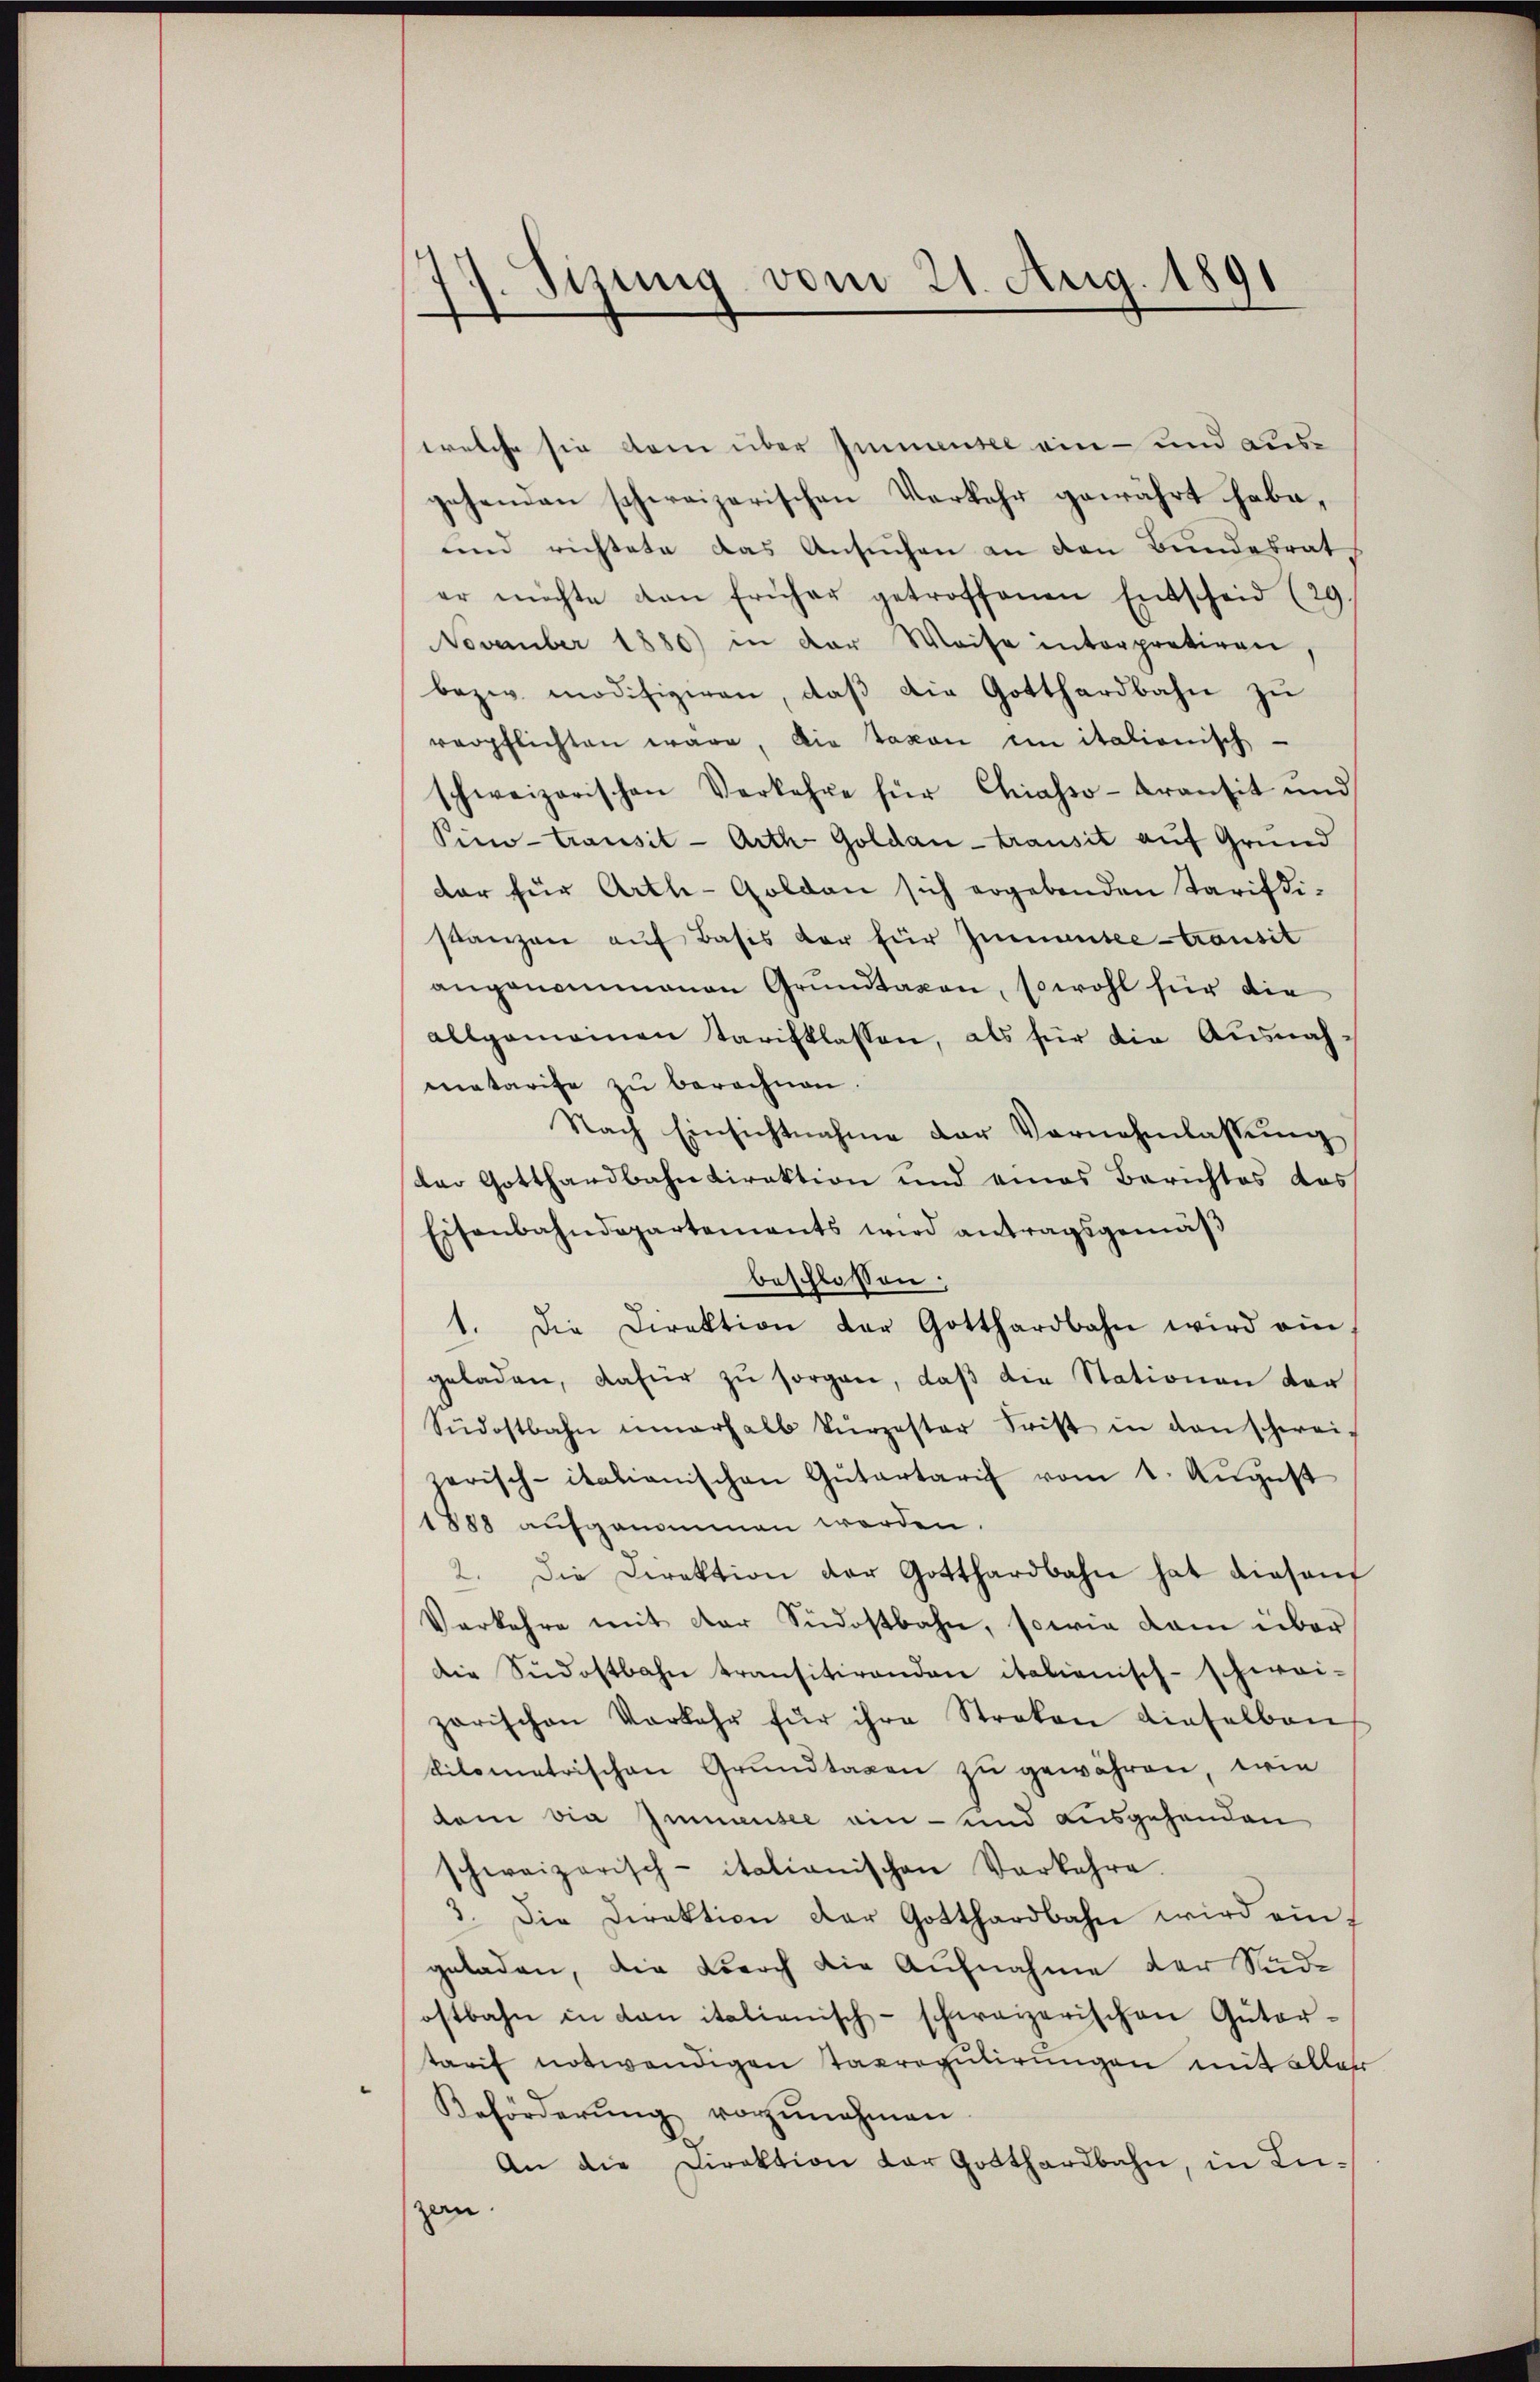
.

77. Sizung vom 21. Aug. 1891

welche sie dann über Immensee ein- und ausgehenden schweizerischen Verkehr gewährt habe,
und richtete das Ansuchen an den Bundesrat
er möchte den früher getroffenen Entscheid (29.
NNovember 1880) in der Weise interpretiren,
bezw. modifiziren, daβ die Gotthardbahn zu
verpflichten wäre, die Taxon ein italionisch-
schweizerischen Verkehre für Chiasso- transit und
Sino-transit - Arth Goldau - transit auf Grund
dar für Arth-Goldau sich ergebenden Tarifistanzen aŭf Basis der für Zumantee transit
angenommenen Grundtagen, sowohl für die
allgemeinen Tarifklassen, als für die Ausnah-
matarise zŭ berechnen.
Nach Einsichtnahme der Vernehmlassŭng
der Gotthardbahndirektion und eines Berichtes das
Eisenbahndepartements wird antragsgemäß
beschlossen:
1. Die Direktion der Gotthardbahn wird ein
geladen, dafür zu sorgen, daß die Stationen vor
Südostbahn innerhalb kürzester Frist in den schwei-
zerisch-italianischen Gütertarif vom 1. August
1888 aufgenommen werden.
2. Die Direktion der Gotthardbahn hat diesent
Verkehre mit der Südostbahn, sowie dam über
die Südostbahn transitirenden italienisch-schwei-
parischen Vorkehr für ihre Streken dieselben
tilometrischen Grundtagen zu gewähren, wie
tem via Immensee ein- und ausgehenden
schweizerisch-italianischen Vorkehre.
3. Die Direktion der Gotthardbahn wird eingeladen, die Durch die Aufnahme der Südostbahn in den italienisch-schweizerischen Güter-
tarif notwendigen Taxregulirungen mit aller
Beförderŭng vorzŭnehmen.
An die Direktion der Gotthardbahn, in Luzen